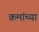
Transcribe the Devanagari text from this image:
क्रमांच्या